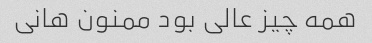
همه چیز عالی بود ممنون هانی